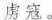
虏寇。